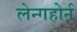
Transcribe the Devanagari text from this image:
लेन्गहोर्न